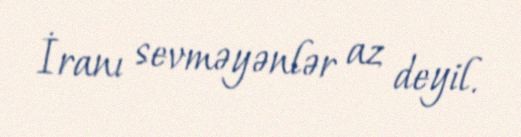
İranı sevməyənlər az deyil.